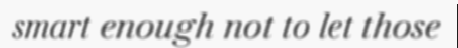
smart enough not to let those